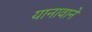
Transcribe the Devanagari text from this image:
यानावाने